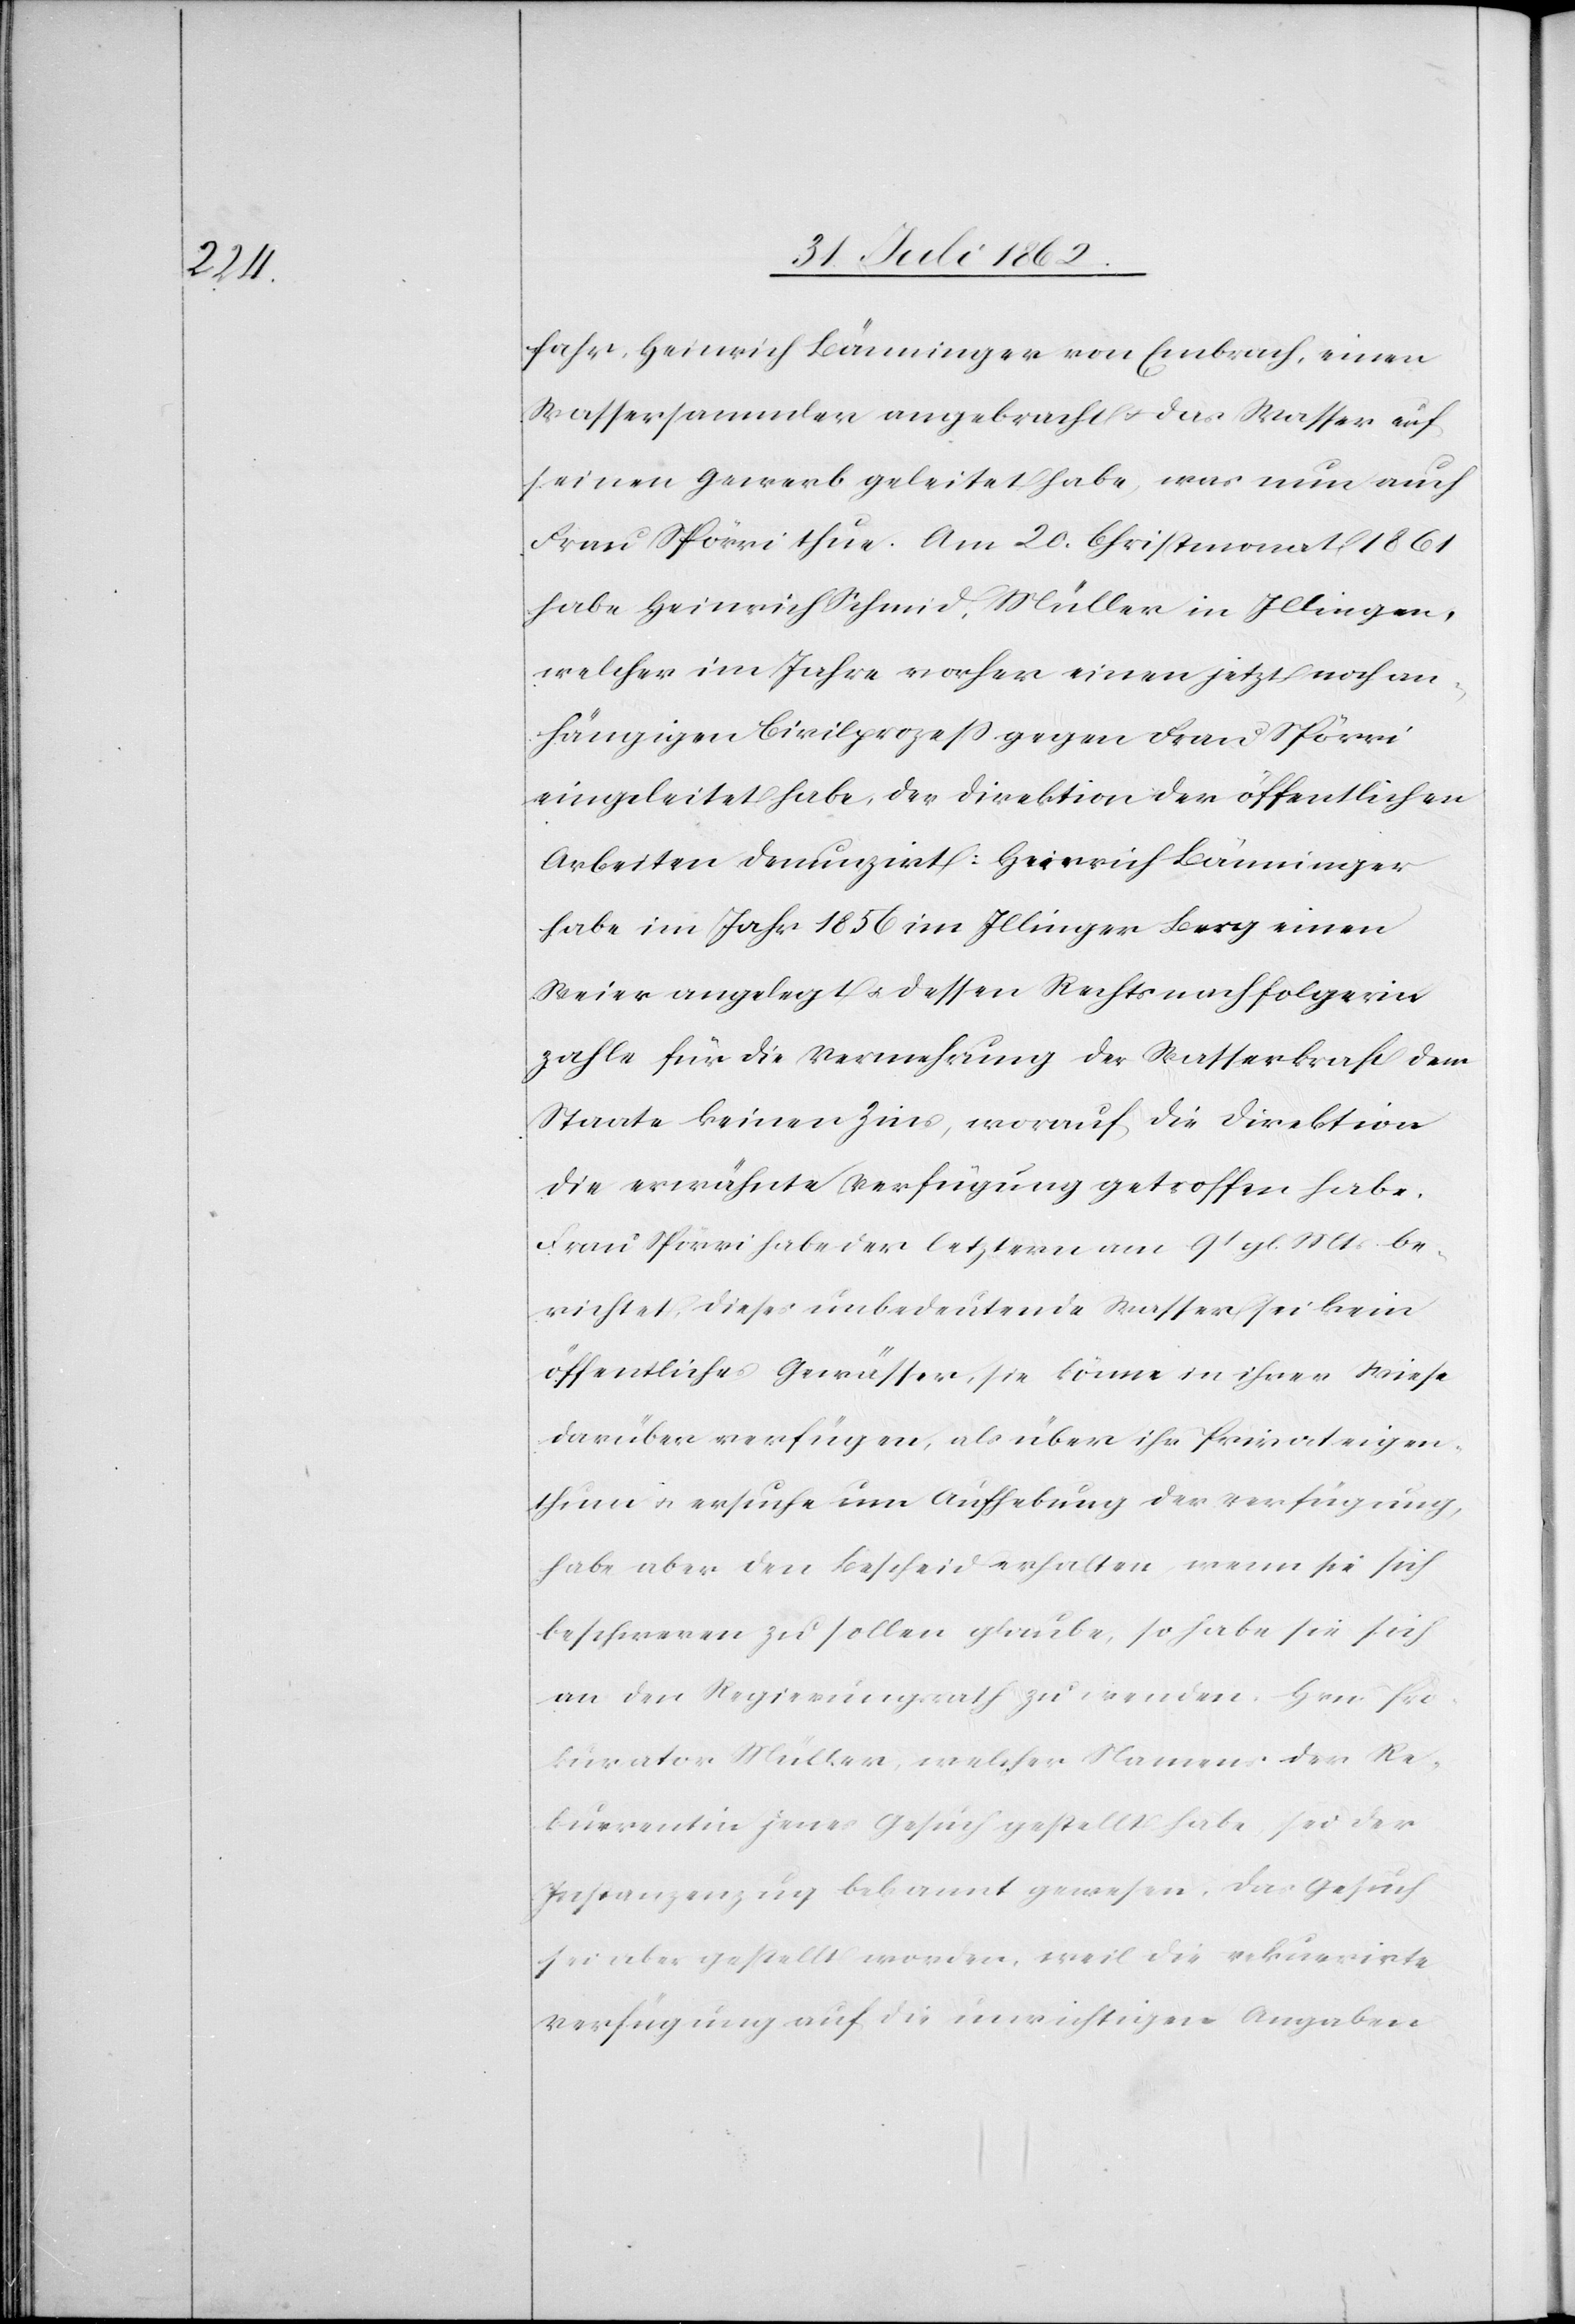
fahr, Heinrich Bäuminger von Embrach, einen
Wassersammler angebracht u. das Wasser auf
seinen Gewerb geleitet habe, was nun auch
Frau Spörri thue. Am 20. Christmonat 1861
habe Heinrich Schmid, Müller in Illingen,
welcher im Jahre vorher einen jetzt noch an¬
hängigen Civilprozeß gegen Frau Spörri
eingeleitet habe, der Direktion der öffentlichen
Arbeiten denunzirt: Heinrich Bänninger
habe im Jahr 1856 im Illinger Berg einen
Weier angelegt u. dessen Rechtsnachfolgerin
zahle für die Vermehrung der Wasserkraft dem
Staate keinen Zins, worauf die Direktion
die erwähnte Verfügung getroffen habe.
Frau Spörri habe der letztern am 9t gl. Mts. be¬
richtet, dieses unbedeutende Wasser sei kein
öffentliches Gewässer, sie könne in ihrer Wiese
darüber verfügen, als über ihr Privateigen¬
thum u. ersuche um Aufhebung der Verfügung,
habe aber den Bescheid erhalten, wenn sie sich
beschweren zu sollen glaube, so habe sie sich
an den Regierungsrath zu wenden. Herr Pro¬
kurator Müller, welcher Namens der Re¬
kurrentin jenes Gesuch gestellt habe, sei der
Instanzen[t]zug bekannt gewesen. Das Gesuch
sei aber gestellt worden, weil die rekurrirte
Verfügung auf die unrichtigen Angaben